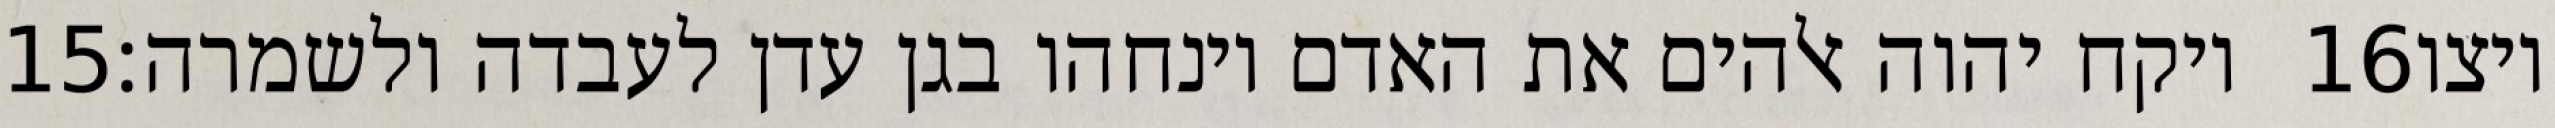
‎15‏ ויקח יהוה אלהים את האדם וינחהו בגן עדן לעבדה ולשמרה׃ ‎16‏ ויצו